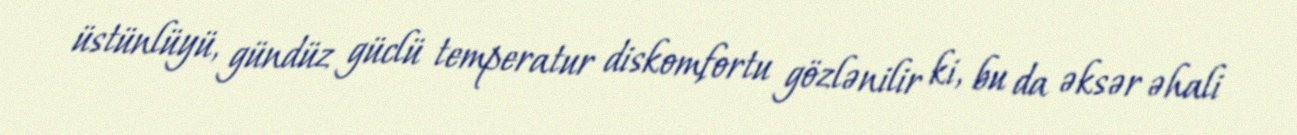
üstünlüyü, gündüz güclü temperatur diskomfortu gözlənilir ki, bu da əksər əhali